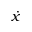
\dot { x }